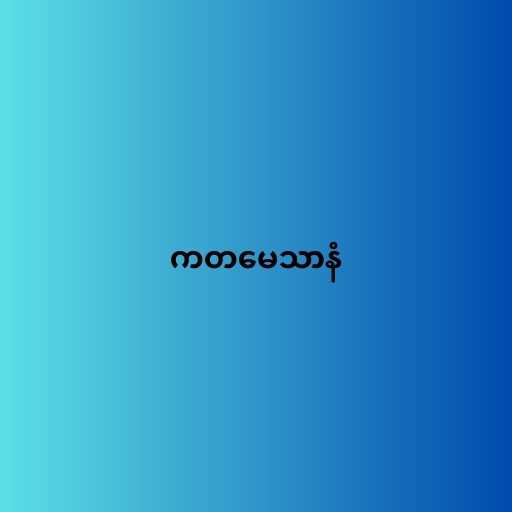
ကတမေသာနံ